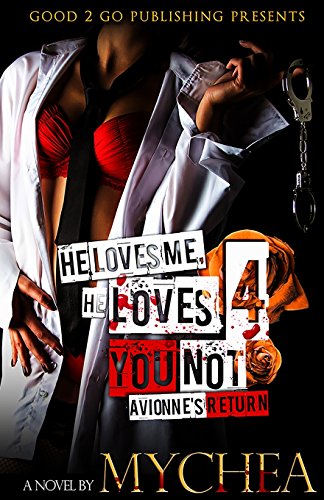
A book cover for He Loves Me, He Loves You Not PT 4; Mychea; Mystery, Thriller & Suspense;